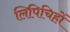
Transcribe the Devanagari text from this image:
लिपिचिहों